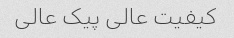
کیفیت عالی پیک عالی